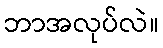
ဘာအလုပ်လဲ။